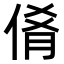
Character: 𬾝